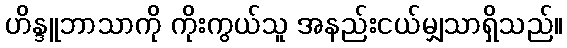
ဟိန္ဒူဘာသာကို ကိုးကွယ်သူ အနည်းငယ်မျှသာရှိသည်။